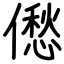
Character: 僽